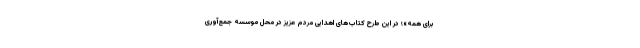
برای همه»؛ در این طرح کتاب‌های اهدایی مردم عزیز در محل موسسه جمع‌آوری